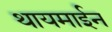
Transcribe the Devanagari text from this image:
थायमाईन